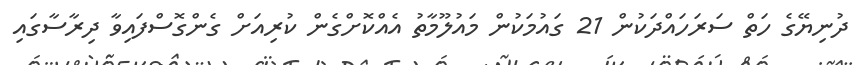
ދުނިޔޭގެ ހަތް ސަރަހައްދަކުން 21 ގައުމަކުން މައުލޫމާތު އެއްކޮށްގެން ކުރިއަށް ގެންގޮސްފައިވާ ދިރާސާގައި